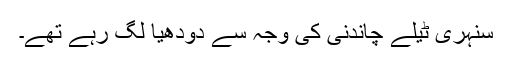
سنہری ٹیلے چاندنی کی وجہ سے دودھیا لگ رہے تھے۔